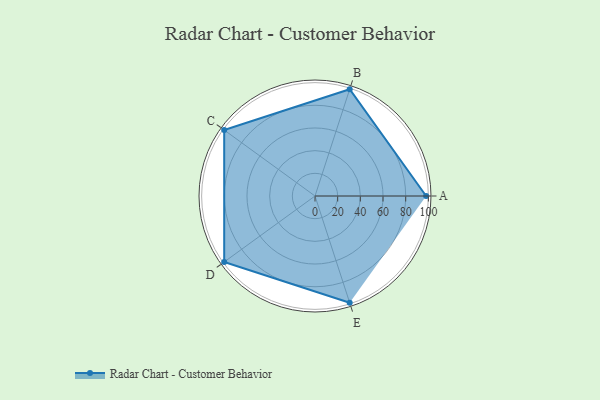
{"axis": {"x": "Skill", "y": "Score"}, "legend": ["Profile"], "data": [{"x": "A", "y": 98.0, "type": "Profile"}, {"x": "B", "y": 99, "type": "Profile"}, {"x": "C", "y": 99, "type": "Profile"}, {"x": "D", "y": 99, "type": "Profile"}, {"x": "E", "y": 99, "type": "Profile"}]}